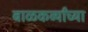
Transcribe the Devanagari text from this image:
बाळकर्व्यांच्या